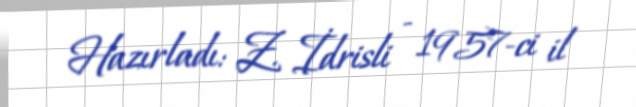
Hazırladı: Z. İdrisli - 1957-ci il